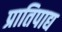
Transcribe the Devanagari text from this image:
प्रातिपाद्य